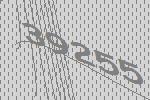
39255